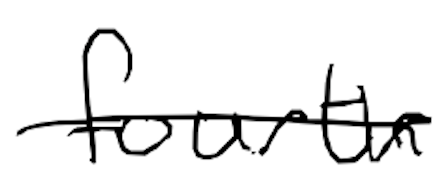
Text: fourth
Cross-out: single-line
Writing tool: digital_black